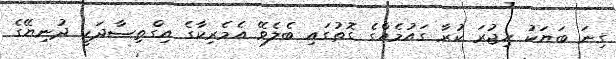
ގިނަ ބަޔަކު ހިޖުރަ ކުރާ ގައުމެއްގެ ގޮތުގައި ބެލެވޭ އެމެރިކާގެ އިގްތިޞާދަކީ ދުނިޔޭގެ